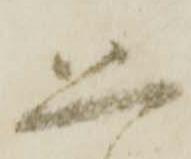
恐